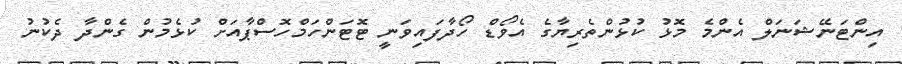
އިންޓަނޭޝަނަލް އެންމެ މޮޅު ކުޅުންތެރިޔާގެ އެވޯޑް ހޯދާފައިވަނީ ޓޮޓަންހަމްހޮސްޕާއަށް ކުޅެމުން ގެންދާ ދެކުނު